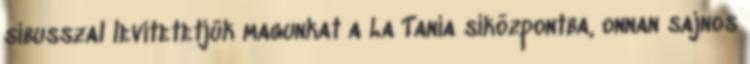
síbusszal levitetetjük magunkat a La Tania síközpontba, onnan sajnos